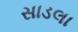
સાડલા